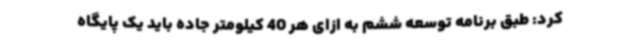
کرد: طبق برنامه توسعه ششم به ازای هر 40 کیلومتر جاده باید یک پایگاه